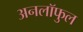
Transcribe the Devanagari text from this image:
अनलॉफुल